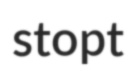
stopt